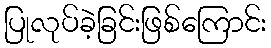
ပြုလုပ်ခဲ့ခြင်းဖြစ်ကြောင်း